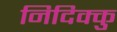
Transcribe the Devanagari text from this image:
निदिक्कु